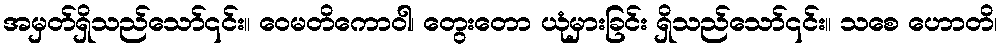
အမှတ်ရှိသည်သော်၎င်း။ ဝေမတိကောဝါ၊ တွေးတော ယုံမှားခြင်း ရှိသည်သော်၎င်း။ သစေ ဟောတိ၊